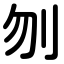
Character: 刎